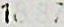
18.87